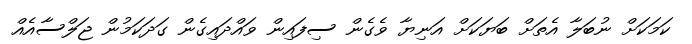
ކަމަކަށް ނުބަލާ އެތަށް ބަޔަކަށް އަނިޔާ ވެގެން ސިފައިން ވައްދައިގެން ގަދަކަމުން ޖަލްސާއެއް